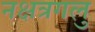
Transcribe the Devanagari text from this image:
नक्षत्रगलु